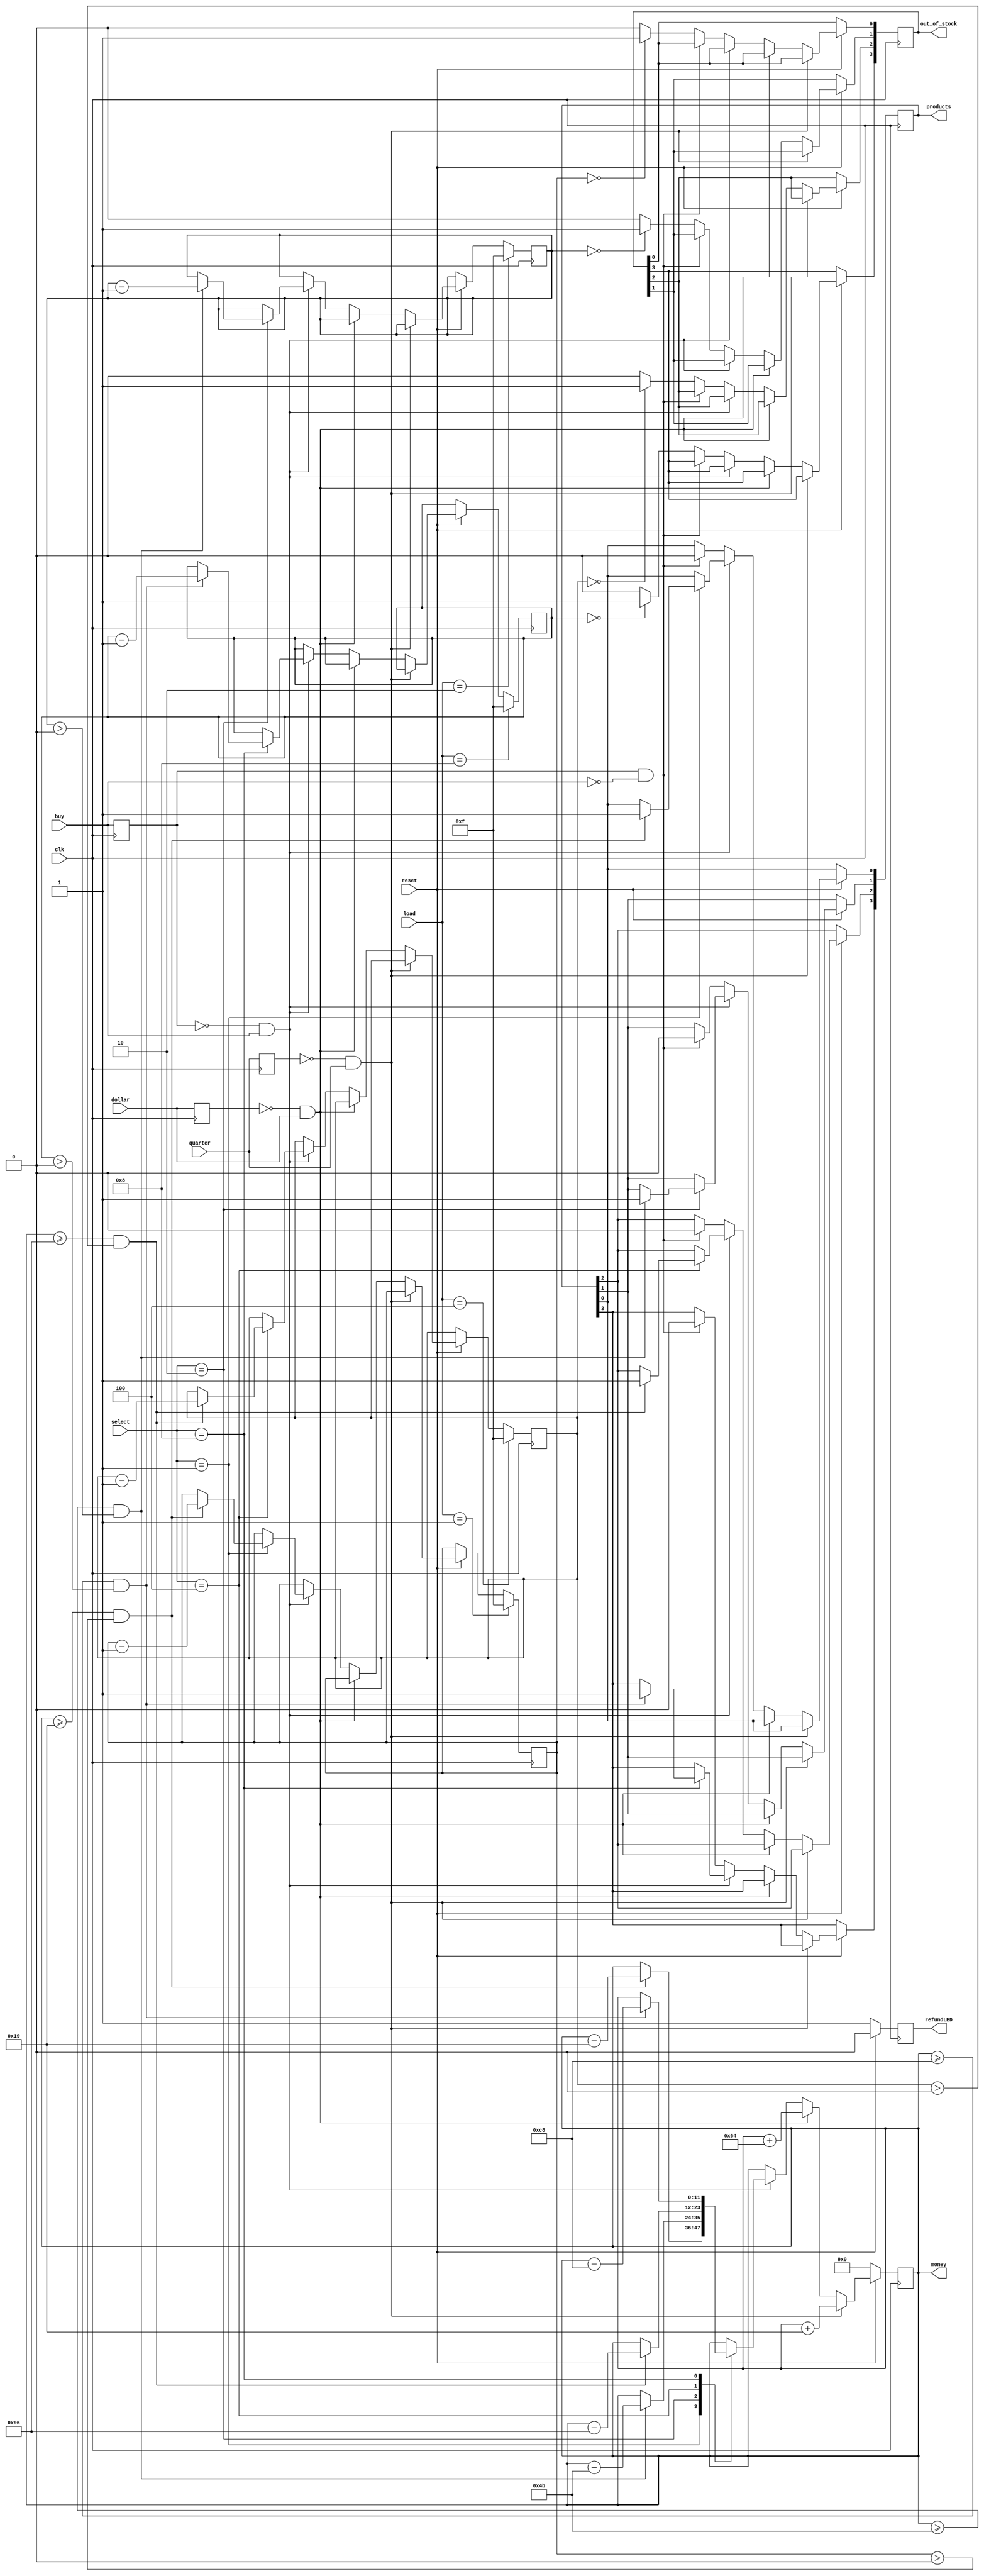
module VendingMachineFPGA(
	input clk,		//50MHz
	input reset,	
	input quarter,	//25 cents
	input dollar,	//100 cents
	input [3:0] select,	//product selector
	input buy,				//buy product
	input [3:0] load,		//restock products
	
	output reg [11:0] money,			//money in vending machine
	output reg [3:0] products = 0,		//product that will be dispensed 
	output reg [3:0] out_of_stock = 0,	//initially all products are stocked
	
	output reg refundLED
);
	reg [25:0] count;
	reg dollar_prev, quarter_prev;
	reg buy_prev;
	//stock is full initially
	reg[3:0] stock0=4'b1111; //15 gum
	reg[3:0] stock1=4'b1111; //15 candy
	reg[3:0] stock2=4'b1111; //15 chips
	reg[3:0] stock3=4'b1111; //15 drinks

	
	always @ (posedge clk)
	begin
	refundLED <= 1'b0;
	buy_prev <= buy;
	dollar_prev <= dollar;
	quarter_prev <= quarter;

	
	if(reset == 1'b0)		//7seg shows 0
	begin
		money <= 12'd0;			//reset money to zero
		refundLED <= 1'b1;		//refundLED on
		#5000000;
			
	end
	else if(quarter_prev == 1'b0 && quarter == 1'b1)
	
	money <= money + 12'd25;		//insert 25 cents
	
	else if(dollar_prev == 1'b0 && dollar == 1'b1)
	
	money <= money + 12'd100;		//insert 100 cents
	
	else if(buy_prev == 1'b0 && buy == 1'b1)

	
	case(select)
	
	4'b0001: 	//buy gum
	
	if (money>=12'd25 && stock0>0)
	begin
	products[0] <= 1'b1;		//dispense gum
	stock0 <= stock0 - 1'b1;	//gum stock - 1
	money <= money -12'd25;	//money - 25 cents
	end
	
	4'b0010:		//buy candy
	
	if (money>=12'd75 && stock1>0)
	begin
	products[1] <= 1'b1;		//dispense candy
	stock1 <= stock1 - 1'b1;	//candy stock - 1
	money <= money -12'd75;	//money - 75 cents
	end
	
	4'b0100:		//buy chips
	
	if (money>=12'd150 && stock2>0)
	begin
	products[2] <= 1'b1;		//dispense chips
	stock2 <= stock2 - 1'b1;	//chips stock - 1
	money <= money -12'd150;	//money - 150 cents
	end
	
	4'b1000:		//buy drink
	
	if (money>=12'd200 && stock3>0)
	begin
	products[3] <= 1'b1;		//dispense drink
	stock3 <= stock3 - 1'b1;	//drink stock - 1
	money <= money -12'd200;	//money - 200 cents
	end
	
	endcase
	
	else if(buy_prev == 1'b1 && buy == 1'b0) //if no product selected, dont dispense products

	begin
	products[0] <= 1'b0;
	products[1] <= 1'b0;
	products[2] <= 1'b0;
	products[3] <= 1'b0;
	end
	
	
	//products out of stock, LEDs out_of_stock[3:0] go high
	
	else 
	begin
	if(stock0==4'b0000)
	out_of_stock[0] <= 1'b1;
	else 
	out_of_stock[0] <= 1'b0;
	
	if(stock1==4'b0000)
	out_of_stock[1] <= 1'b1;
	else 
	out_of_stock[1] <= 1'b0;
	
	if(stock2==4'b0000)
	out_of_stock[2] <= 1'b1;
	else 
	out_of_stock[2] <= 1'b0;
	
	if(stock3==4'b0000)
	out_of_stock[3] <= 1'b1;
	else 
	out_of_stock[3] <= 1'b0;
		

	
	end
	
			//restock products to 15 items.
	
	case(load)

	4'b0001: stock0 <= 4'b1111;
	4'b0010: stock1 <= 4'b1111;
	4'b0100: stock2 <= 4'b1111;
	4'b1000: stock3 <= 4'b1111;
	endcase
	
	end
	
	endmodule